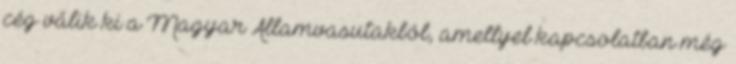
cég válik ki a Magyar Államvasutakból, amellyel kapcsolatban még